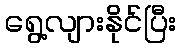
ရွေ့လျားနိုင်ပြီး